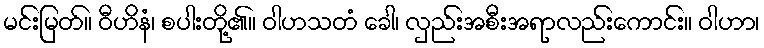
မင်းမြတ်။ ဝီဟိနံ၊ စပါးတို့၏။ ဝါဟသတံ ခေါ၊ လှည်းအစီးအရာလည်းကောင်း။ ဝါဟာ၊